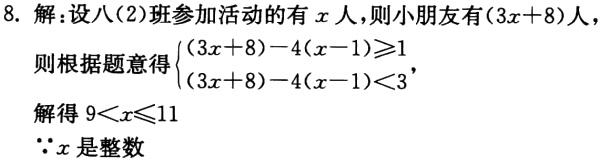
8. 解：设八（2）班参加活动的有\(x\)人，则小朋友有\((3x + 8)\)人，

则根据题意得\(\begin{cases}(3x + 8)-4(x - 1)\geqslant1\\(3x + 8)-4(x - 1)<3\end{cases}\)，

解得\(9<x\leqslant11\)

\(\because x\)是整数